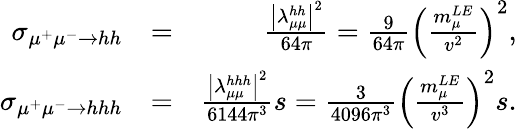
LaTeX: \begin{array}{rlr}{\sigma_{\mu^{+}\mu^{-}\to hh}}&{=}&{\frac{\left|\lambda_{\mu\mu}^{hh}\right|^{2}}{64\pi}=\frac{9}{64\pi}\left(\frac{m_{\mu}^{LE}}{v^{2}}\right)^{2},}\\ {\sigma_{\mu^{+}\mu^{-}\to hhh}}&{=}&{\frac{\left|\lambda_{\mu\mu}^{hhh}\right|^{2}}{6144\pi^{3}}s=\frac{3}{4096\pi^{3}}\left(\frac{m_{\mu}^{LE}}{v^{3}}\right)^{2}s.}\end{array}